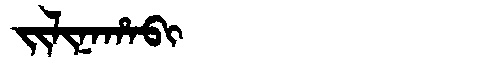
Manchu: ᠵᡳᠯᡳᠨᠠᡥᠠᠪᡳ
Romanization: JILINAHABI